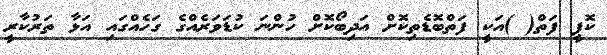
ކޮޕީ ފަތް( )އަކީ ފަތްބޮޑެތިކޮށް އަދިބޯކޮށް ހުންނަ ކުޑަވަރެއްގެ ގަހެއްގައި އަޅާ ތަރުކާރީ